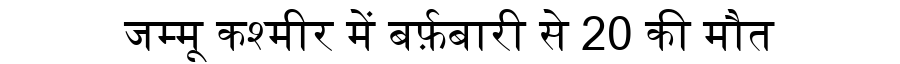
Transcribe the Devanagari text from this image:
जम्मू कश्मीर में बर्फ़बारी से 20 की मौत